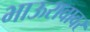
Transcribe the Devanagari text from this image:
भाऊरावावर